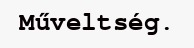
Műveltség.